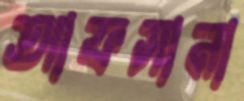
আফসানা